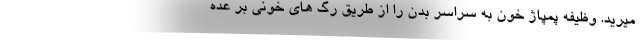
میرید. وظیفه پمپاژ خون به سراسر بدن را از طریق رگ های خونی بر عده